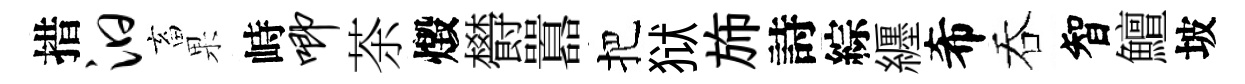
措汩畜果峙唧茶燬欎囂把狱斾詩綜纒希吞智鱣坡